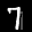
Label: 7